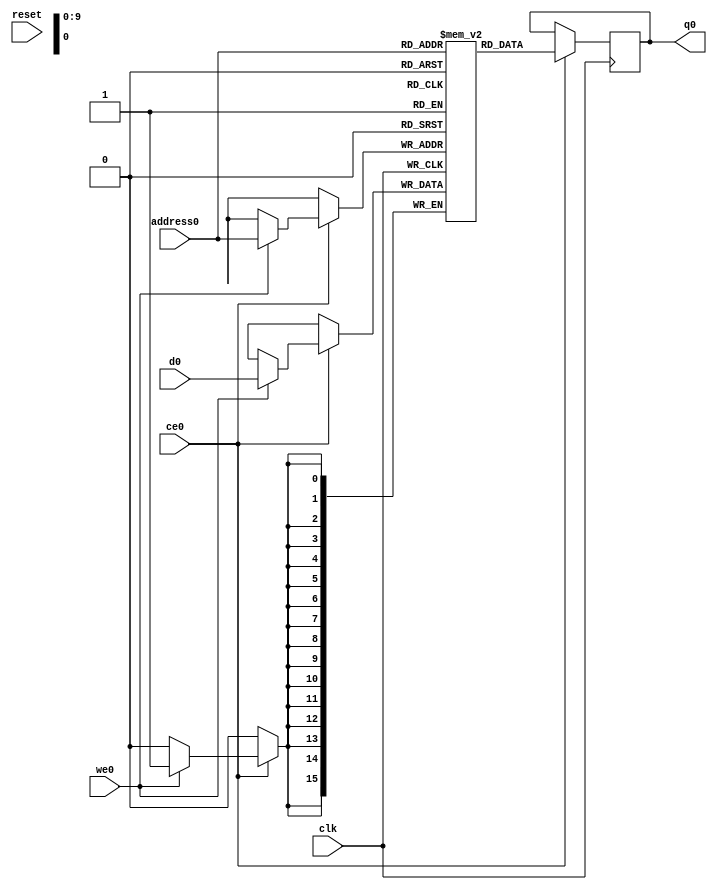
// ==============================================================
// Vitis HLS - High-Level Synthesis from C, C++ and OpenCL v2022.2 (64-bit)
// Version: 2022.2
// Copyright 1986-2022 Xilinx, Inc. All Rights Reserved.
// ==============================================================
`timescale 1 ns / 1 ps
module top_tx_temp3_M_real_V_RAM_AUTO_1R1W (
     
    address0, ce0,
    d0, we0, 
    q0, 
     
    reset, clk);

parameter DataWidth = 16;
parameter AddressWidth = 10;
parameter AddressRange = 1024;
 
input[AddressWidth-1:0] address0;
input ce0;
input[DataWidth-1:0] d0;
input we0; 
output reg[DataWidth-1:0] q0; 

input reset;
input clk;

(* ram_style = "auto"  *)reg [DataWidth-1:0] ram[0:AddressRange-1];


 





//read first
always @(posedge clk)  
begin 
    if (ce0) begin
        if (we0) 
            ram[address0] <= d0; 
        q0 <= ram[address0];

    end
end 
 
 

endmodule